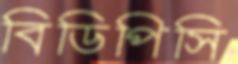
বিডিপিসি